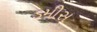
ડમીસ